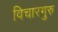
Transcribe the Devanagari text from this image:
विचारगुरु